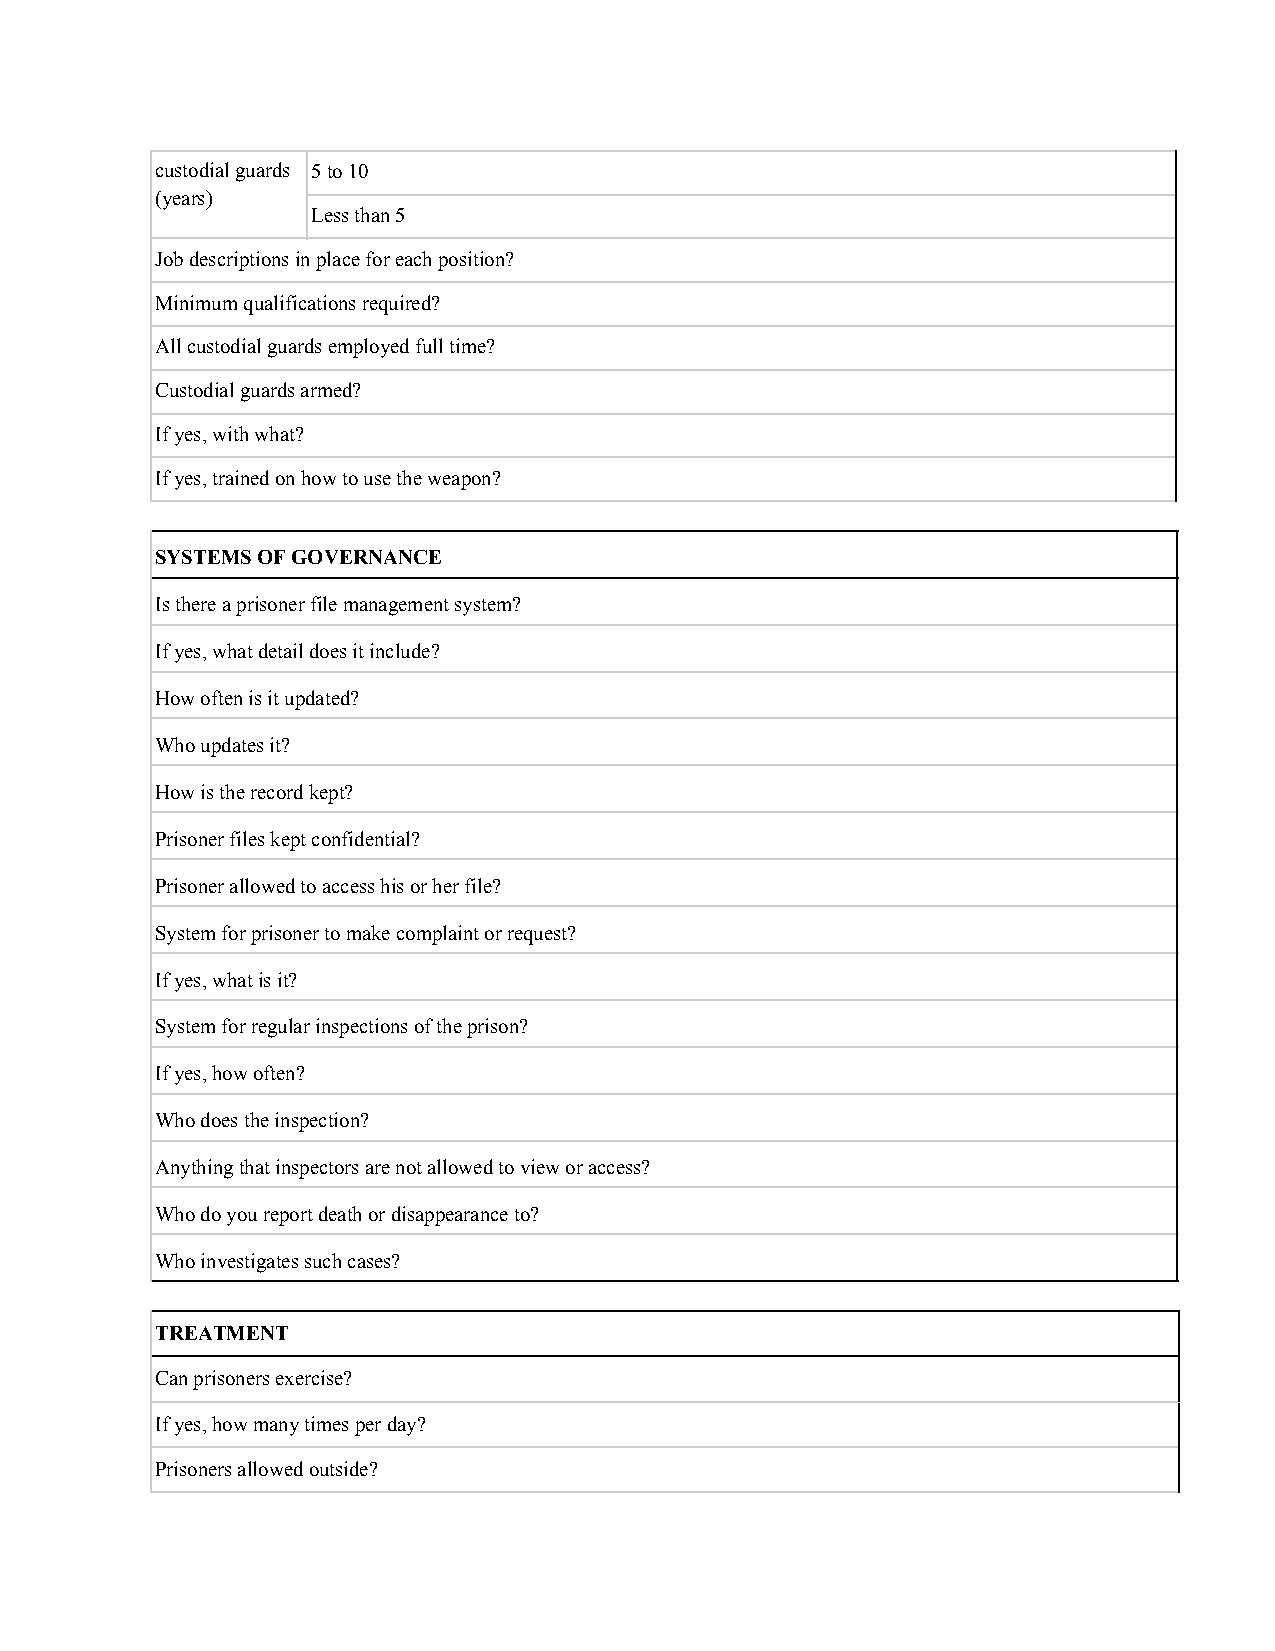
custodial guards 5 to 10
 (years)
 Less than 5
 Job descriptions in place for each position?
 Minimum qualifications required?
 All custodial guards employed full time?
 Custodial guards armed?
 If yes, with what?
 If yes, trained on how to use the weapon?
 SYSTEMS OF GOVERNANCE
 Is there a prisoner file management system?
 If yes, what detail does it include?
 How often is it updated?
 Who updates it?
 How is the record kept?
 Prisoner files kept confidential?
 Prisoner allowed to access his or her file?
 System for prisoner to make complaint or request?
 If yes, what is it?
 System for regular inspections of the prison?
 If yes, how often?
 Who does the inspection?
 Anything that inspectors are not allowed to view or access?
 Who do you report death or disappearance to?
 Who investigates such cases?
 TREATMENT
 Can prisoners exercise?
 If yes, how many times per day?
 Prisoners allowed outside?